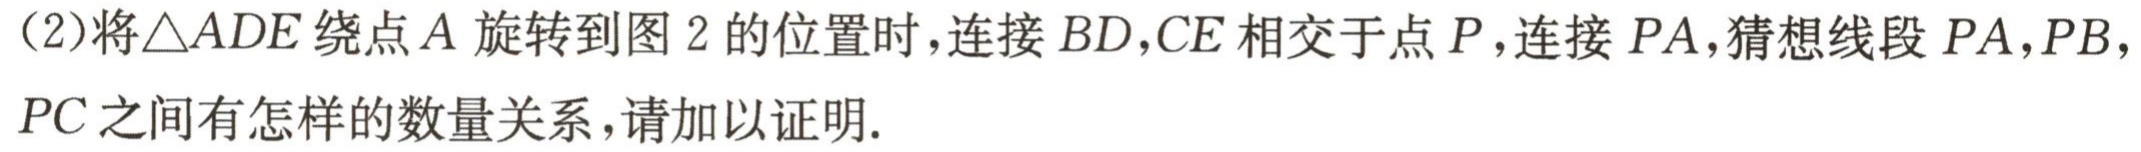
(2)将\(\triangle ADE\)绕点\(A\)旋转到图\(2\)的位置时，连接\(BD,CE\)相交于点\(P\)，连接\(PA\)，猜想线段\(PA,PB,PC\)之间有怎样的数量关系，请加以证明.